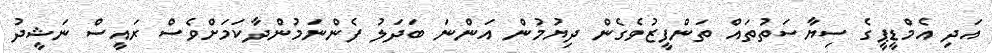
އަދި އެމްޑީޕީގެ ސިޔާސަތުތައް ތަންފީޒުވެގެން ދިޔުމުން އަންނަ ބަދަލު ފެންނަމުންދާކަމަށްވެސް ރައީސް ނަޝީދު